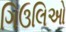
ગિઉલિઓ